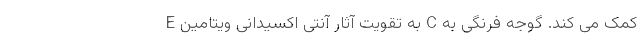
E به تقویت آثار آنتی اکسیدانی ویتامین C کمک می کند. گوجه فرنگی به